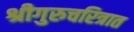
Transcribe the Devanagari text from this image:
श्रीगुरुचरित्रात